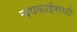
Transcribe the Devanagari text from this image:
चपळाईसाठी